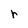
Character: r